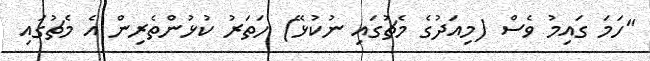
"ހަމަ ގައިމު ވެސް (މިއަދުގެ މެޗުގައި ނުކުޅޭ) ހަތަރު ކުޅުންތެރިން އެ މެޗުގައި